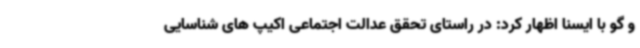
و گو با ایسنا اظهار کرد: در راستای تحقق عدالت اجتماعی اکیپ های شناسایی